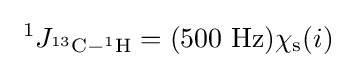
\ ^{1}J_{^{13}\mathrm {C} -^{1}\mathrm {H} }=(500\ \mathrm {Hz} )\chi _{\mathrm {s} }(i)